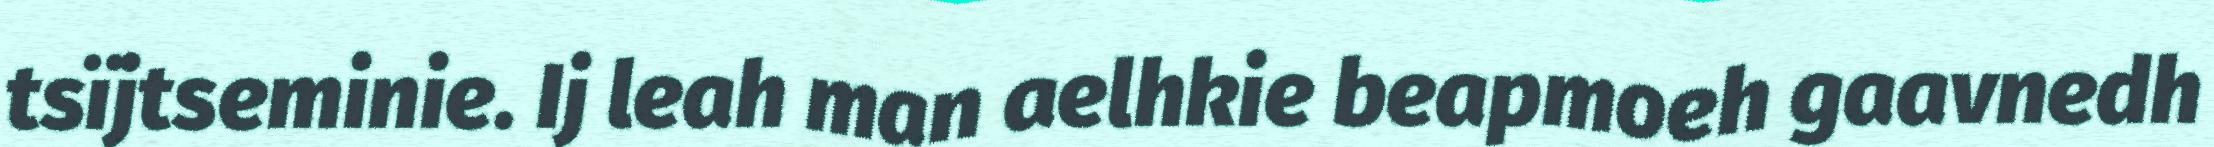
tsïjtseminie. Ij leah man aelhkie beapmoeh gaavnedh